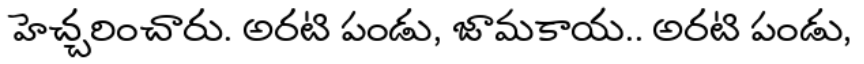
హెచ్చరించారు. అరటి పండు, జామకాయ.. అరటి పండు,